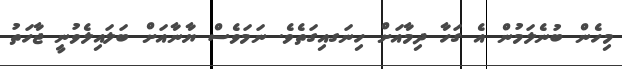
މިހެން ބުނެލަމުން އެ ގަހާ ދިމާއަށް ހިނަގއިގަތެވެ. ނަމަވެސް ޔާނާއަށް ބަލައިލެވުނީ ޖާހަތު